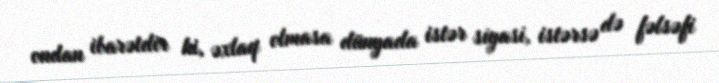
ondan ibarətdir ki, əxlaq olmasa dünyada istər siyasi, istərsə də fəlsəfi